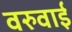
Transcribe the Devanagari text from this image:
वरुवाई